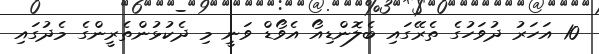
10 އަހަރު ދުވަހުގެ ތެރޭގައި ބެލޮންޑިއޯ އެވޯޑް ވަނީ މި ދެކުޅުންތެރީންގެ މެދުގައި